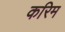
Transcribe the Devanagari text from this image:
करिम